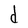
Character: d